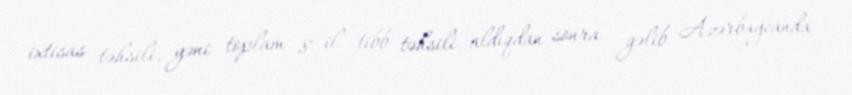
ixtisas təhsili, yəni toplam 8 il tibb təhsili aldıqdan sonra gəlib Azərbaycanda